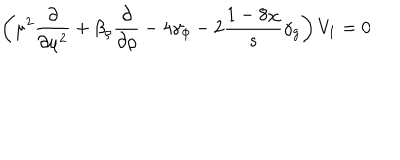
LaTeX: \left( \mu ^ { 2 } \frac { \partial } { \partial \mu ^ { 2 } } + \beta _ { \rho } \frac { \partial } { \partial \rho } - 4 \gamma _ { \phi } - 2 \frac { 1 - 8 \chi } { s } \gamma _ { g } \right) V _ { 1 } = 0